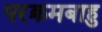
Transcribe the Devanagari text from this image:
परक्रमबाहु